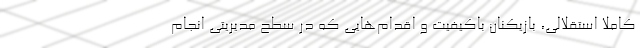
کاملا استقلالی، بازیکنان باکیفیت و اقدام‌هایی که در سطح مدیریتی انجام